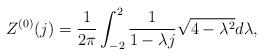
LaTeX: \begin{align*}Z^{(0)}(j)=\frac{1}{2\pi}\int _{-2}^{2} \frac{1}{1-\lambda j}\sqrt{4-\lambda ^2} d\lambda,\end{align*}